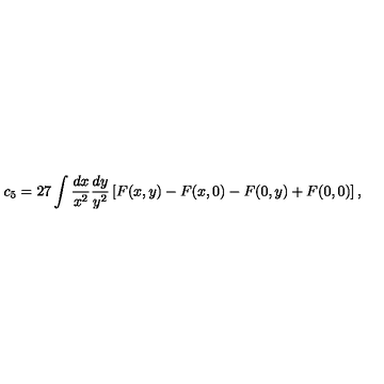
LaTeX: c _ { 5 } = 2 7 \int \frac { d x } { x ^ { 2 } } \frac { d y } { y ^ { 2 } } \left[ F ( x , y ) - F ( x , 0 ) - F ( 0 , y ) + F ( 0 , 0 ) \right] ,